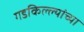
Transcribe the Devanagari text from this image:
गडकिल्ल्यांच्या